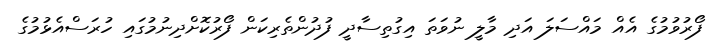
ފޯރުވުމުގެ އެއް މައްސަލަ އަދި މާލީ ނުވަތަ އިގުތިސާދީ ފުދުންތެރިކަން ފޯރުކޮށްދިނުމުގައި ހުރަސްއެޅުމުގެ